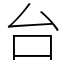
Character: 台